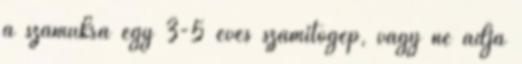
a számukra egy 3-5 éves számítógép, vagy ne adja